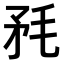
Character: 𣭅